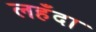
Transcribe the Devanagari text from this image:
लहँदा